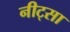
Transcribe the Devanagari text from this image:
नीट्सा